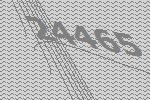
24465